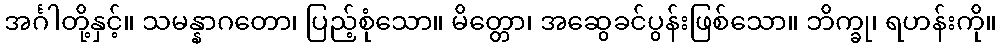
အင်္ဂါတို့နှင့်။ သမန္နာဂတော၊ ပြည့်စုံသော။ မိတ္တော၊ အဆွေခင်ပွန်းဖြစ်သော။ ဘိက္ခု၊ ရဟန်းကို။